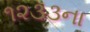
૧૨૩૩ના